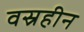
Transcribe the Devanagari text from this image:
वस्रहीन